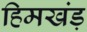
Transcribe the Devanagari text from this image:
हिमखंड़